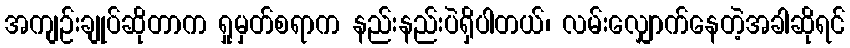
အကျဉ်းချုပ်ဆိုတာက ရှုမှတ်စရာက နည်းနည်းပဲရှိပါတယ်၊ လမ်းလျှောက်နေတဲ့အခါဆိုရင်